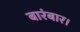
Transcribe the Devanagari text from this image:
बारंबार।